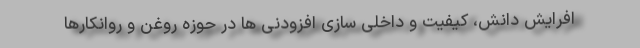
افرایش دانش، کیفیت و داخلی سازی افزودنی ها در حوزه روغن و روانکارها